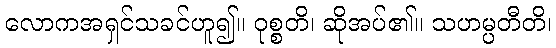
လောကအရှင်သခင်ဟူ၍။ ဝုစ္စတိ၊ ဆိုအပ်၏။ သဟမ္ပတီတိ၊